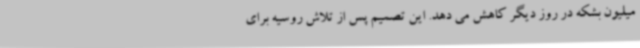
میلیون بشکه در روز دیگر کاهش می دهد. این تصمیم پس از تلاش روسیه برای